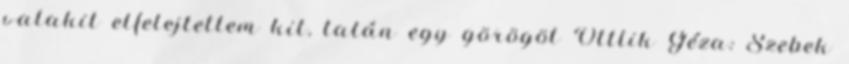
valakit elfelejtettem kit, talán egy görögöt Ottlik Géza: Szebek